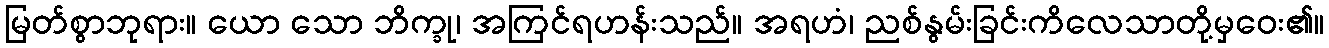
မြတ်စွာဘုရား။ ယော သော ဘိက္ခု၊ အကြင်ရဟန်းသည်။ အရဟံ၊ ညစ်နွမ်းခြင်းကိလေသာတို့မှဝေး၏။